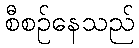
စီစဉ်နေသည်